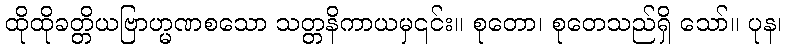
ထိုထိုခတ္တိယဗြာဟ္မဏစသော သတ္တနိကာယမှ၎င်း။ စုတော၊ စုတေသည်ရှိ သော်။ ပုန၊